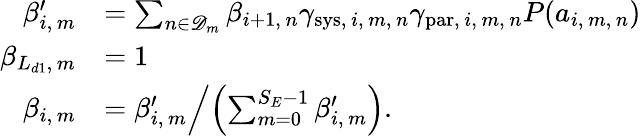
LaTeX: \begin{array}{rl}{\beta_{i,\, m}^{\prime}}&{=\sum_{n\in\mathscr{D}_{m}}\beta_{i+1,\, n}\gamma_{\mathrm{sys},\, i,\, m,\, n}\gamma_{\mathrm{par},\, i,\, m,\, n}P(a_{i,\, m,\, n})}\\ {\beta_{L_{d1},\, m}}&{=1}\\ {\beta_{i,\, m}}&{=\left.\beta_{i,\, m}^{\prime}\middle/\left(\sum_{m=0}^{S_{E}-1}\beta_{i,\, m}^{\prime}\right).\right.}\end{array}